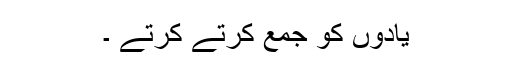
یادوں کو جمع کرتے کرتے ۔